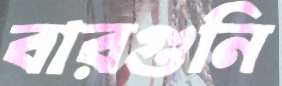
বারগুনি